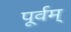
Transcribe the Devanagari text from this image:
पूर्वम्